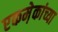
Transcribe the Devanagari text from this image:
एकमे़कांच्या